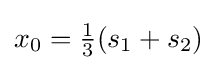
x_{0}={\tfrac {1}{3}}(s_{1}+s_{2})